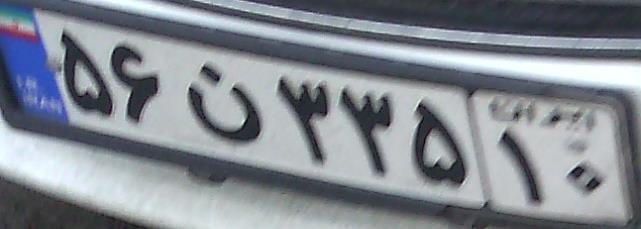
۵۶ن۳۳۵۱۰